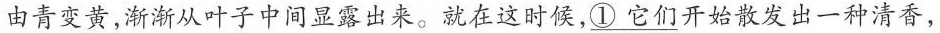
由青变黄，渐渐从叶子中间显露出来。就在这时候，\underline{①它们}开始散发出一种清香，